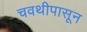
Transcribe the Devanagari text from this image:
चवथीपासून